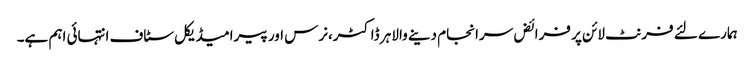
ہمارے لئے فرنٹ لائن پر فرائض سرانجام دینے والا ہر ڈاکٹر،نرس اور پیرامیڈیکل سٹاف انتہائی اہم ہے۔